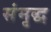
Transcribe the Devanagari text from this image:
संमृद्ध